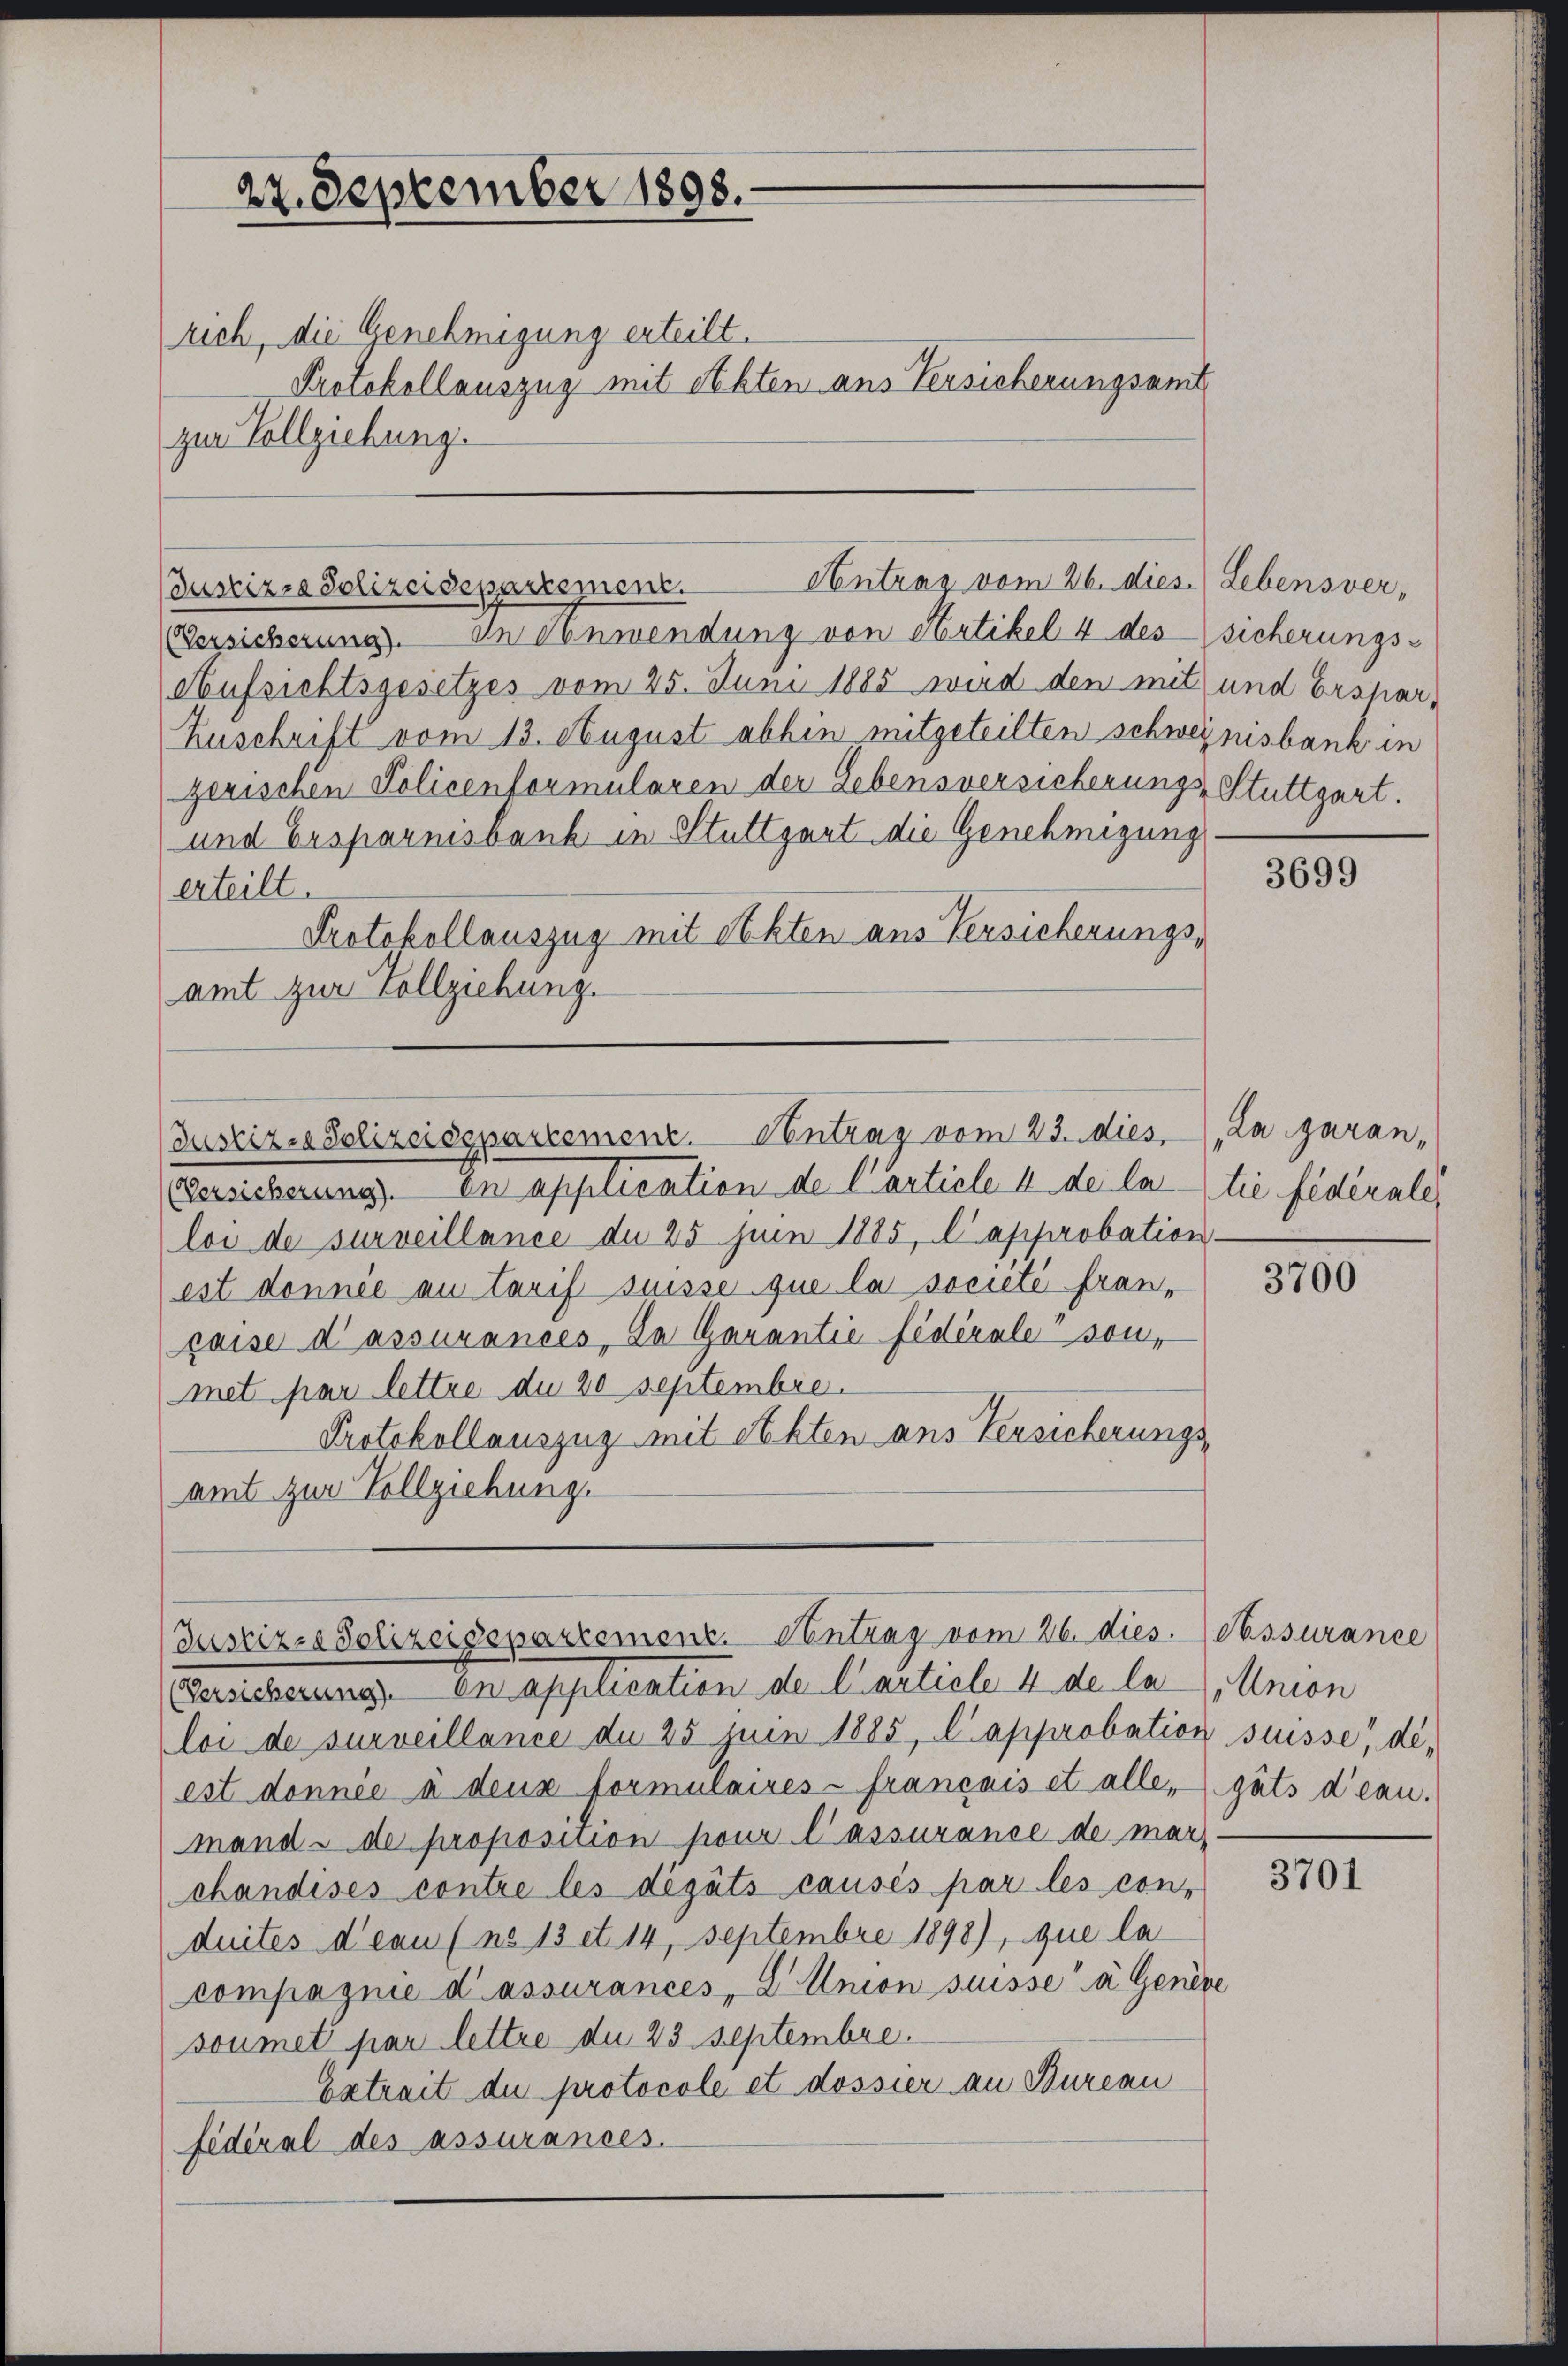
27. September 1898.
rich, die Genehmigung erteilt.

Protokollauszug mit Akten aus Versicherungsamt
zur Vollziehung.

Versicherung. In Anwendung von Artikel 4 des sicherungs¬
Aufsichtsgesetzes vom 25. Juni 1885 wird den mit und Erstar¬
Zuschrift vom 13. August abhin mitgeteilten schweinisbank in
zerischen Policenformularen der Lebensversicherungs-Stuttgart.
und Ersparnisbank in Stuttgart die Genehmigung
erteilt.
Protokollauszug mit Akten aus Versicherungs-
amt zur Vollziehung.

Antrag vom 26. dies. Lebensver-
Justiz- Polizeidepartement.

Justiz-Polizeidepartement. Antrag vom 23. dies,

Versicherung in application de Carticle 4 de la tie fédérale,
loi de surveillance du 25 Juin 1885, C approbation
est donnee an Tarif suisse que la societe franpaise d’assurances, Da Garantie fédérale son,
met par lettre du 20 Septembre.
Protokollauszug mit Abten aus Versicherungsamt zur Vollziehung.

Justiz- & Polizeisepartement. Ventrag vom 26. dies
Versicherung in application der Carticle 4 de la Union

loi de surveillance du 25 Juin 1885, C approbation suisse, deest donnée à deux formulaires français et alle,
mand - de proposition pour l’assurance de marchandises contre les déguts causés par les con-
duités d’eau (no 13 et 14 Septembre 1898), que la
compagnie d’assurances, E. Union suisse a Genere
soumet par lettre du 23. Septembre.
betrait du protocole et dossier an Bureau
fédéral des assurances.

3699

„La garan,

3700

Assurance
gats d’eau.

3701